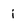
Character: i